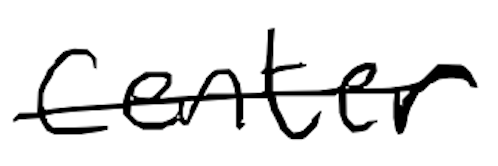
Text: center
Cross-out: single-line
Writing tool: digital_black